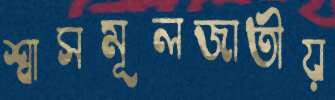
শ্বাসমূলজাতীয়